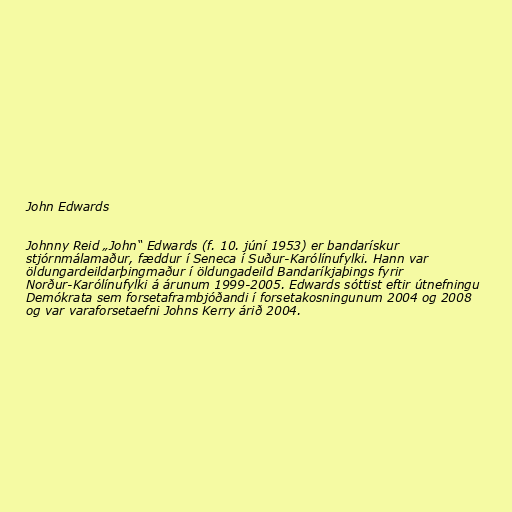
John Edwards

Johnny Reid „John“ Edwards (f. 10. júní 1953) er bandarískur
stjórnmálamaður, fæddur í Seneca í Suður-Karólínufylki. Hann var
öldungardeildarþingmaður í öldungadeild Bandaríkjaþings fyrir
Norður-Karólínufylki á árunum 1999-2005. Edwards sóttist eftir útnefningu
Demókrata sem forsetaframbjóðandi í forsetakosningunum 2004 og 2008
og var varaforsetaefni Johns Kerry árið 2004.